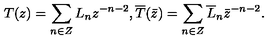
T ( z ) = \sum _ { n \in Z } L _ { n } z ^ { - n - 2 } , \overline { { T } } ( \bar { z } ) = \sum _ { n \in Z } \overline { { L } } _ { n } \bar { z } ^ { - n - 2 } .